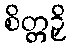
စိတ္တဉှိ